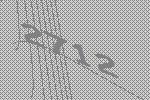
2712